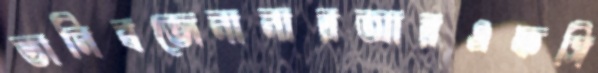
ভানিবজেনানারআরএফসি